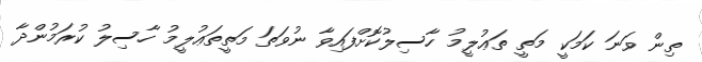
ތިން ވަނަ ކަމަކީ މަތީ ތަޢުލީމު ހާސިލުކޮށްފައިވާ ނުވަތަ މަތީތަޢުލީމު ހާސިލު ކުރަމުންދާ